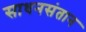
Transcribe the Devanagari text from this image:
साधनसंतान